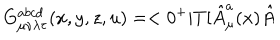
G _ { \mu \nu \lambda \tau } ^ { a b c d } ( x , y , z , u ) = < 0 ^ { + } | T [ \hat { A } _ { \mu } ^ { a } ( x ) \hat { A }